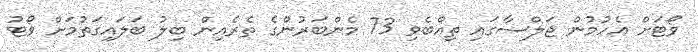
ވޯޓަށް އެހުމުން ޖަލްސާގައި ތިއްބެވި 73 މެންބަރުންގެ ތެރެއިން ބިލު ބަލައިގަތުމަށް ވޯޓު